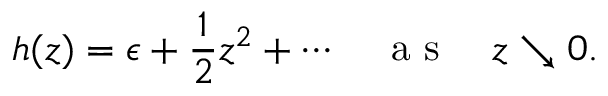
h ( z ) = \epsilon + \frac { 1 } { 2 } z ^ { 2 } + \cdots \quad \mathrm { ~ a ~ s ~ } \quad z \searrow 0 .